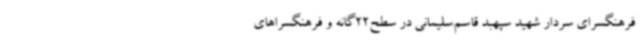
فرهنگسرای سردار شهید سپهبد قاسم‌سلیمانی در سطح22گانه و فرهنگسراهای